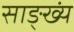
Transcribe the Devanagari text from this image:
साङ्ख्यं